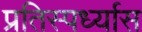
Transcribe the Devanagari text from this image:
प्रतिस्पर्ध्यास